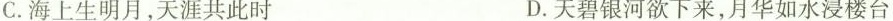
C.海上生明月，天涯共此时 D.天碧银河欲下来，月华如水浸楼台